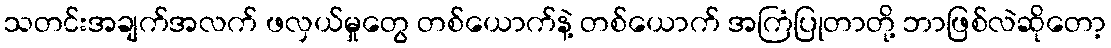
သတင်းအချက်အလက် ဖလှယ်မှုတွေ တစ်ယောက်နဲ့ တစ်ယောက် အကြံပြုတာတို့ ဘာဖြစ်လဲဆိုတော့